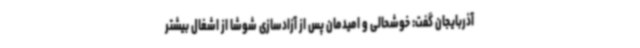
آذربایجان گفت: خوشحالی و امیدمان پس از آزادسازی شوشا از اشغال بیشتر